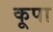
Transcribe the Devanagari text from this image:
कूपा